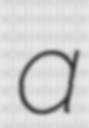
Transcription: a